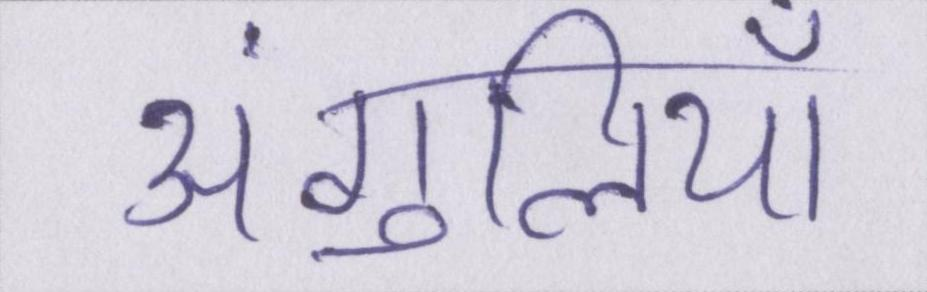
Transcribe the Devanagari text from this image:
अंगुलियाँ